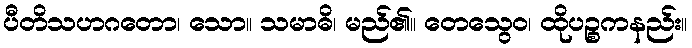
ပီတိသဟဂတော၊ သော။ သမာဓိ၊ မည်၏။ တေသွေဝ၊ ထိုပဉ္စကနည်း။